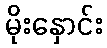
မိုးနှောင်း